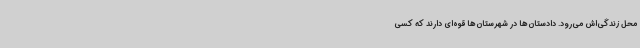
محل زندگی‌اش می‌رود. دادستان‌ها در شهرستان‌ها قوه‌ای دارند که کسی